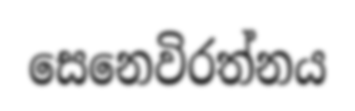
සෙනෙවිරත්නය